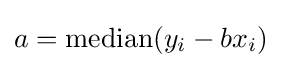
a=\operatorname {median} ({y_{i}-bx_{i})}